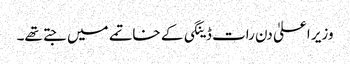
وزیر اعلیٰ دن رات ڈینگی کے خاتمے میں جتے تھے۔